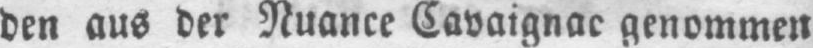
den aus der Nuance Cavaignac genommen